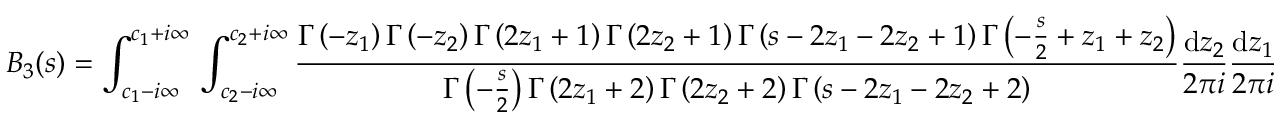
B _ { 3 } ( s ) = \int _ { c _ { 1 } - i \infty } ^ { c _ { 1 } + i \infty } \, \int _ { c _ { 2 } - i \infty } ^ { c _ { 2 } + i \infty } \frac { \Gamma \left( - z _ { 1 } \right) \Gamma \left( - z _ { 2 } \right) \Gamma \left( 2 z _ { 1 } + 1 \right) \Gamma \left( 2 z _ { 2 } + 1 \right) \Gamma \left( s - 2 z _ { 1 } - 2 z _ { 2 } + 1 \right) \Gamma \left( - \frac { s } { 2 } + z _ { 1 } + z _ { 2 } \right) } { \Gamma \left( - \frac { s } { 2 } \right) \Gamma \left( 2 z _ { 1 } + 2 \right) \Gamma \left( 2 z _ { 2 } + 2 \right) \Gamma \left( s - 2 z _ { 1 } - 2 z _ { 2 } + 2 \right) } \frac { \mathrm { d } z _ { 2 } } { 2 \pi i } \frac { \mathrm { d } z _ { 1 } } { 2 \pi i }